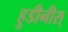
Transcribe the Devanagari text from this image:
हुडीनीस्